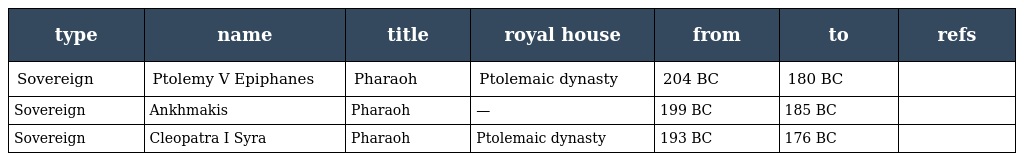
| type | name | title | royal house | from | to | refs |
 | --- | --- | --- | --- | --- | --- | --- |
 | Sovereign | Ptolemy V Epiphanes | Pharaoh | Ptolemaic dynasty | 204 BC | 180 BC |  |
 | Sovereign | Ankhmakis | Pharaoh | — | 199 BC | 185 BC |  |
 | Sovereign | Cleopatra I Syra | Pharaoh | Ptolemaic dynasty | 193 BC | 176 BC |  |